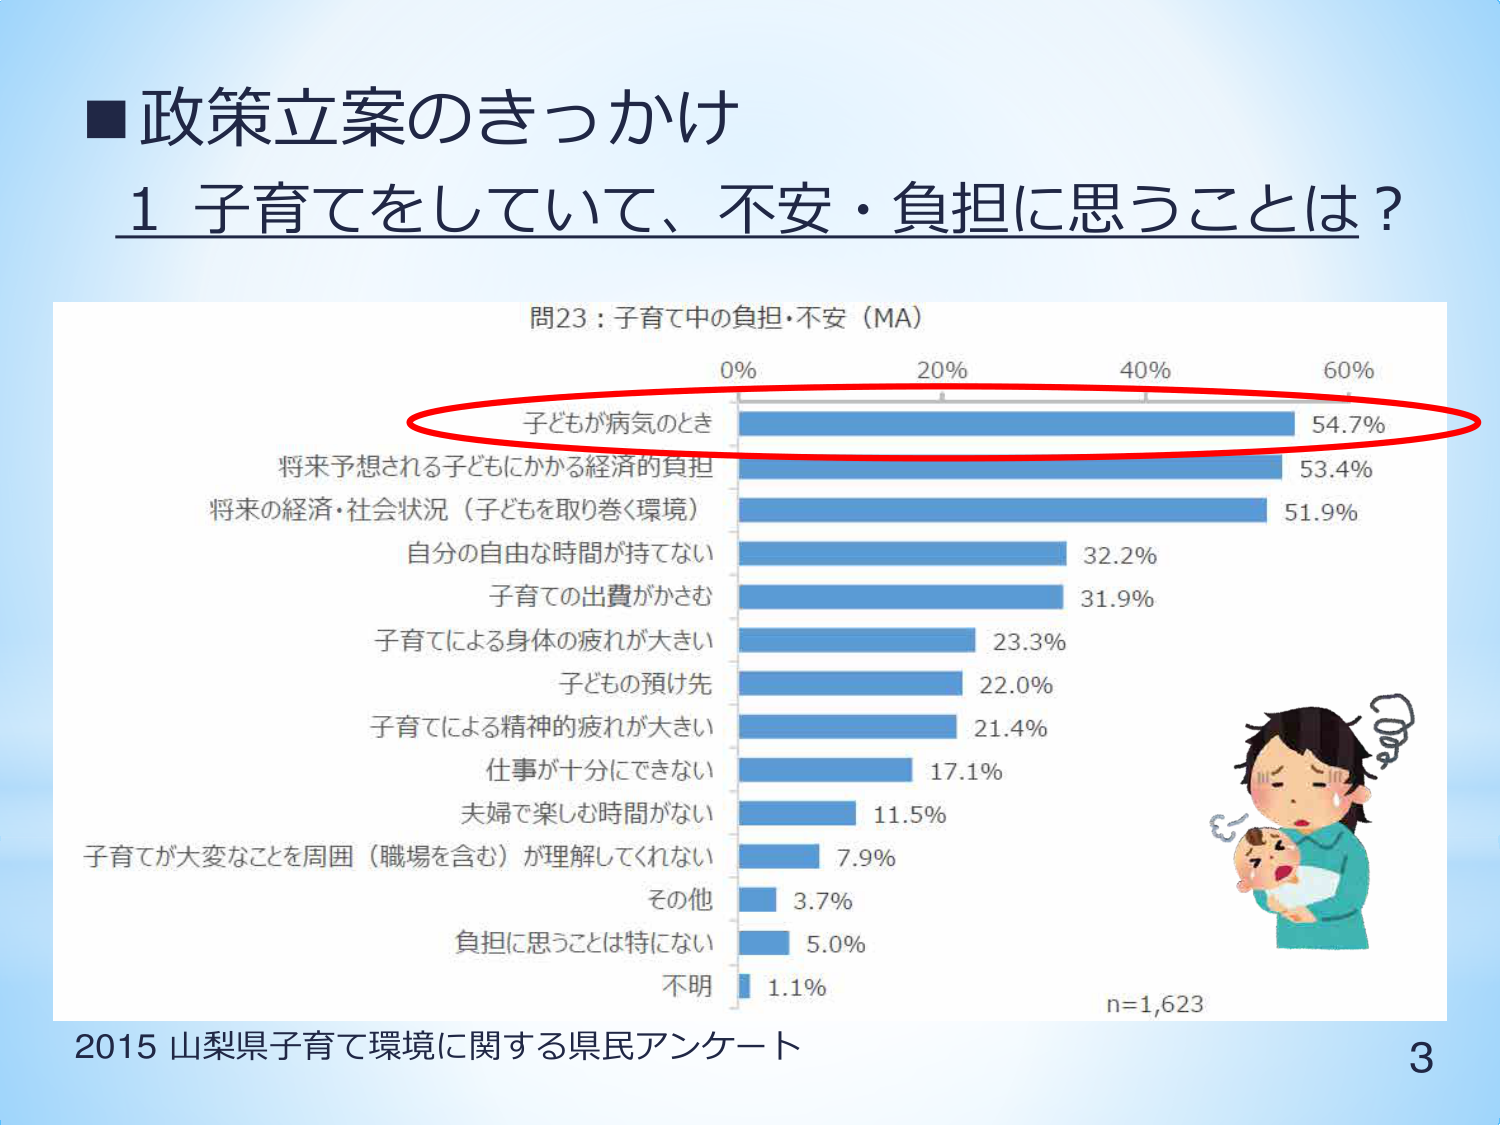
■政策立案のきっかけ
1 子育てをしていて、不安・負担に思うことは？

問23：子育て中の負担・不安（MA）
0% 20% 40% 60%
子どもが病気のとき 54.7%
将来予想される子どもにかかる経済的負担 53.4%
将来の経済・社会状況（子どもを取り巻く環境） 51.9%
自分の自由な時間が持てない 32.2%
子育ての出費がかさむ 31.9%
子育てによる身体的疲れが大きい 23.3%
子どもの預け先 22.0%
子育てによる精神的疲れが大きい 21.4%
仕事が十分にできない 17.1%
夫婦で楽しむ時間がない 11.5%
子育てが大変なことを周囲（職場を含む）が理解してくれない 7.9%
その他 3.7%
負担に思うことは特にない 5.0%
不明 1.1%
n=1,623

2015 山梨県子育て環境に関する県民アンケート
3